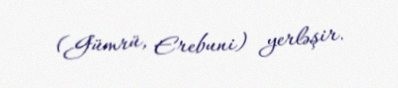
(Gümrü, Erebuni) yerləşir.